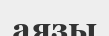
аязы